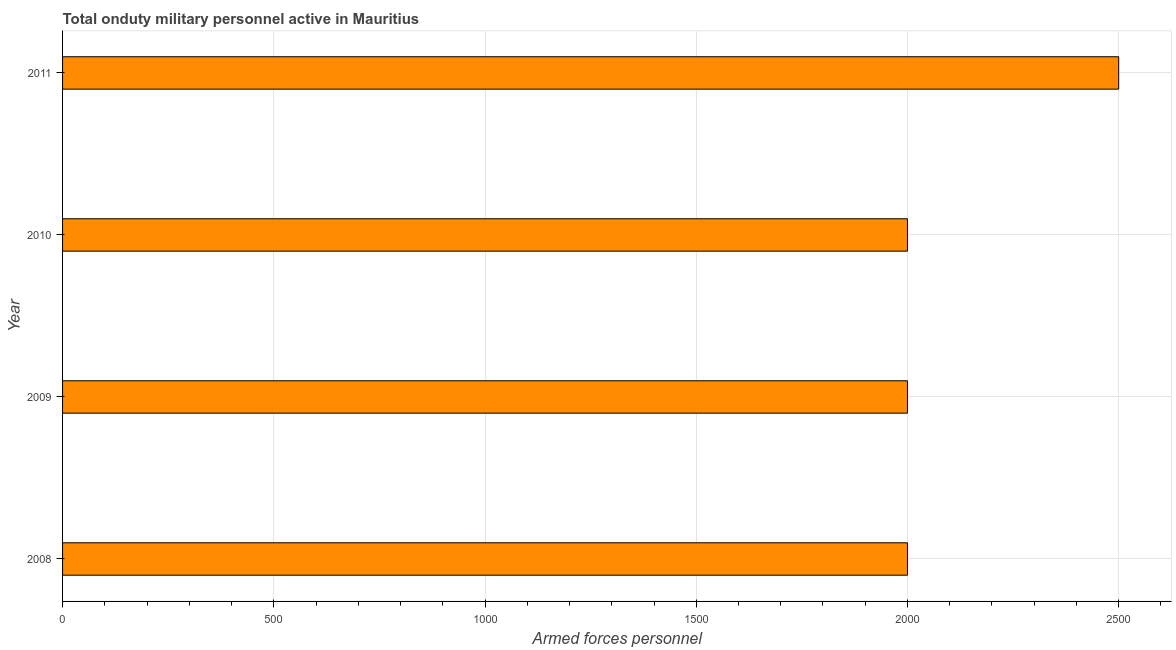
| Year | Armed forces personnel |
 | --- | --- |
 | 2008 | 2e+03 |
 | 2009 | 2e+03 |
 | 2010 | 2e+03 |
 | 2011 | 2.5e+03 |